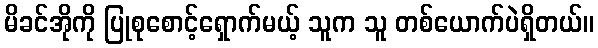
မိခင်အိုကို ပြုစုစောင့်ရှောက်မယ့် သူက သူ တစ်ယောက်ပဲရှိတယ်။